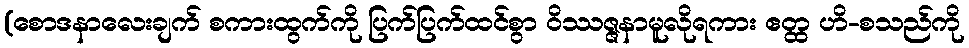
(စောဒနာလေးချက် စကားထွက်ကို ပြက်ပြက်ထင်စွာ ဝိဿဇ္ဇနာမူလိုရကား ဧတ္ထ ဟိ-စသည်ကို